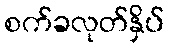
စက်ခလုတ်နှိပ်